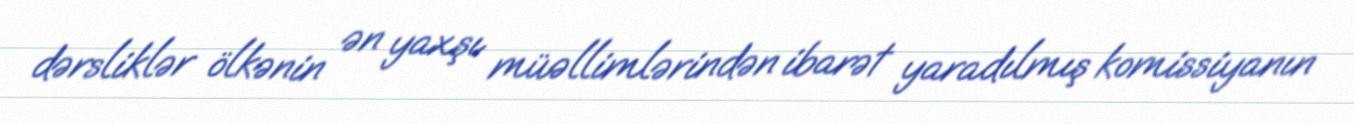
dərsliklər ölkənin ən yaxşı müəllimlərindən ibarət yaradılmış komissiyanın